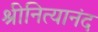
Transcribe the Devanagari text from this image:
श्रीनित्यानंद